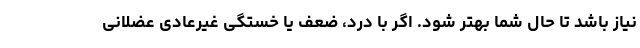
نیاز باشد تا حال شما بهتر شود. اگر با درد، ضعف یا خستگی غیرعادی عضلانی